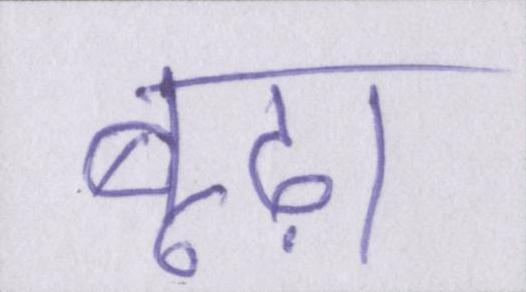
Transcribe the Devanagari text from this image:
बूढ़ा